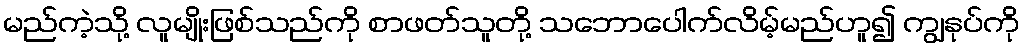
မည်ကဲ့သို့ လူမျိုးဖြစ်သည်ကို စာဖတ်သူတို့ သဘောပေါက်လိမ့်မည်ဟူ၍ ကျွနုပ်ကို